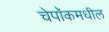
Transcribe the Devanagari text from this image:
चेपॉकमधील